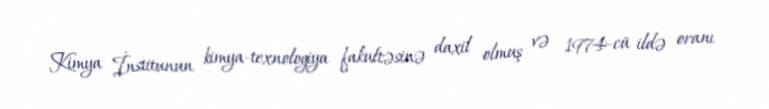
Kimya İnstitunun kimya-texnologiya fakultəsinə daxil olmuş və 1974-cü ildə oranı